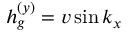
h _ { g } ^ { ( y ) } = v \sin k _ { x }